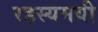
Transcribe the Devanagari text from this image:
रहस्‍यमयी